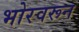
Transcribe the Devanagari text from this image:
भोरवरून